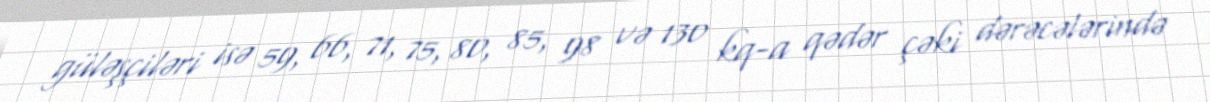
güləşçiləri isə 59, 66, 71, 75, 80, 85, 98 və 130 kq-a qədər çəki dərəcələrində